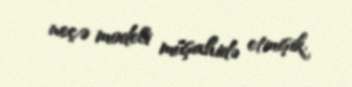
neçə modeli müşahidə etmişik.